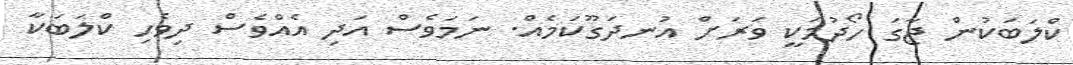
ކްލަބަކުން ޖާގަ ހޯދުމަކީ ވަރަށް އުނދަގޫކަމެއް. ނަމަވެސް އަދި އެއްވެސް ދިވެހި ކްލަބަކާ